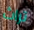
تراث